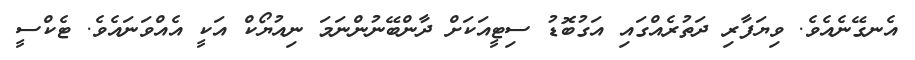
އެނގޭނެއެވެ. ވިޔަފާރި ދަތުރެއްގައި އަގުބޮޑު ސިޓީއަކަށް ދާންބޭނުންނަމަ ނިއުޔޯކް އަކީ އެއްވަނައެވެ. ޓެކްސީ